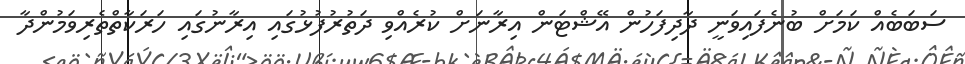
ސަބަބެއް ކަމަށް ބުނެފައިވަނީ ދާދިފަހުން އޭޝްޓަން އިރާނަށް ކުރެއްވި ދަތުރުފުޅުގައި އިރާނުގައި ހަރަކާތްތެރިވަމުންދާ